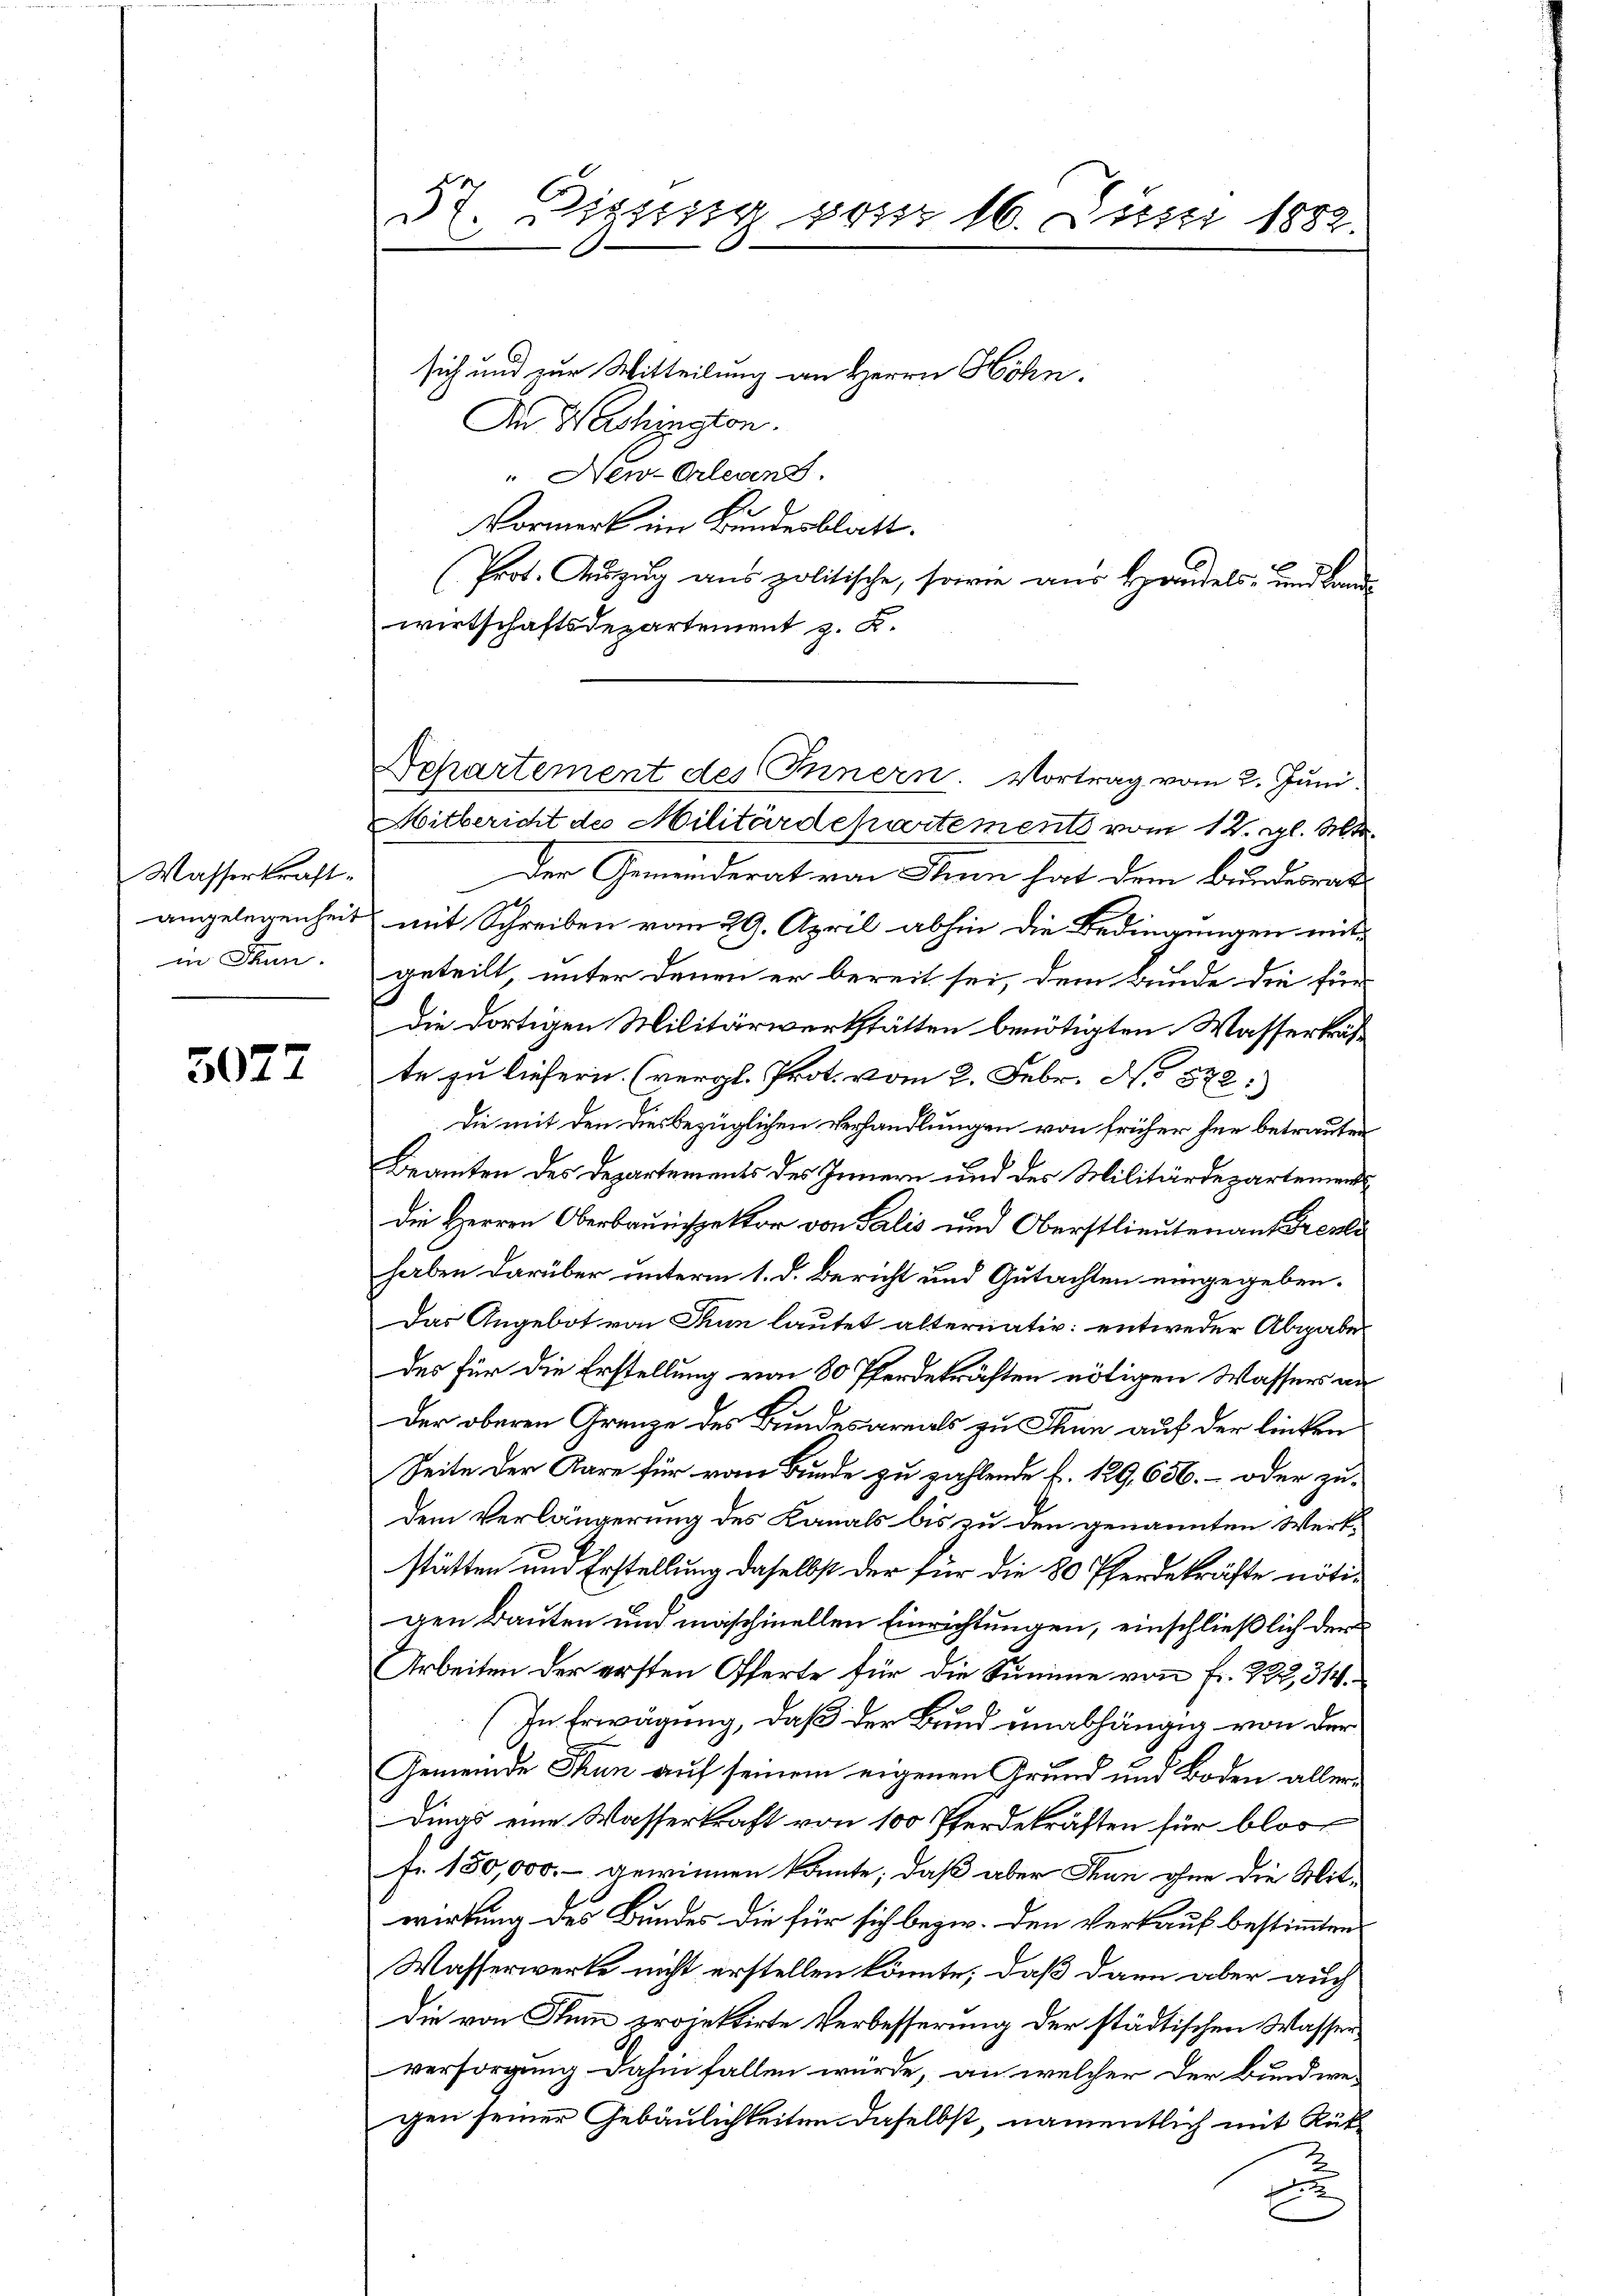
Wasserkraft.
in kann.

3072

57. Dieses vom 16. Juni 1882.

sich und zur Mitteilung an Herrn Höhn.
An Schington
" New-Orleans.
Vormerk im Bundesblatt.
(Prot. Auszug aus politische, sowie aus Handels- und Landwirtschaftsdepartement z. B.

Mitbericht des Militärdepartements vom 12. gl. Mt
Der Gemeinderat von Sinn hat dem Bundesrat
angelegenheit mit Schreiben vom 29. April abhin die Bedingungen mitgeteilt, unter denen er bereit sei, dem Bunde die für
Die dortigen Militärwerkstätten benötigten Wasserkräfte zu liefern. (vergl. Prot. vom 2. Febr. N. 572:
Die mit den dies bezüglichen Verhandlungen von früher her betrauten
Beamten des Departements des Innern und des Militärdepartements
die Herren Oberbrunspektor von Salis und Oberstlieutenant Freyli
haben darüber unterm 1. d. Bericht und Gutachten eingegeben.
Das Angebot von Thun lautet alternativ: entweder Abgabes
des für die Erstellung von 80 Pferdekräften nötigen Wassers an
Der oberen Grenze des Bundesarmals zu Thun auf der linken
Seite der Aare für vom Bunde zu zahlende f. 129. 636.- oder zu-
dem Verlängerung des Kanals bis zu den genannten Werk-
stätten und Erstellung daselbst der für die 80 Pferdekräfte nötigen Bauten und maschinellen Einrichtungen, einschließlich der
Arbeiten der ersten Offerte für die Summe von Fr. 222, 314.
(In Erwägung, daß der Bund unabhängig von der
.
Gemeinde Thun auf seinem eigenen Grund und Boden allerdings eine Wasserkraft von 100 Pferdekräften für blos
Fr. 180,000.- gewinnen könnte; daß aber Thun ohne die Mitwirkung des Bundes die für sich bezw. den Verkauf bestimmten
Wasserwerke nicht erstellen könnte, daß dann aber auch
Die von Stum projektirte Verbesserung der städtischen Wasserversorgung dahin fallen würde, an welcher der Bundwegen seiner Gebäulichkeiten daselbst, namentlich mit Rük¬
E

Departement des Innern. Vortrag vom 2. Juni